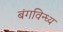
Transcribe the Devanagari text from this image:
बंगविन्ध्य